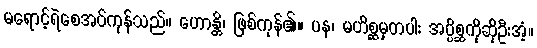
မရောင့်ရဲစေအပ်ကုန်သည်။ ဟောန္တိ၊ ဖြစ်ကုန်၏။ ပန၊ မဟိစ္ဆမှတပါး အပ္ပိစ္ဆကိုဆိုဦးအံ့။